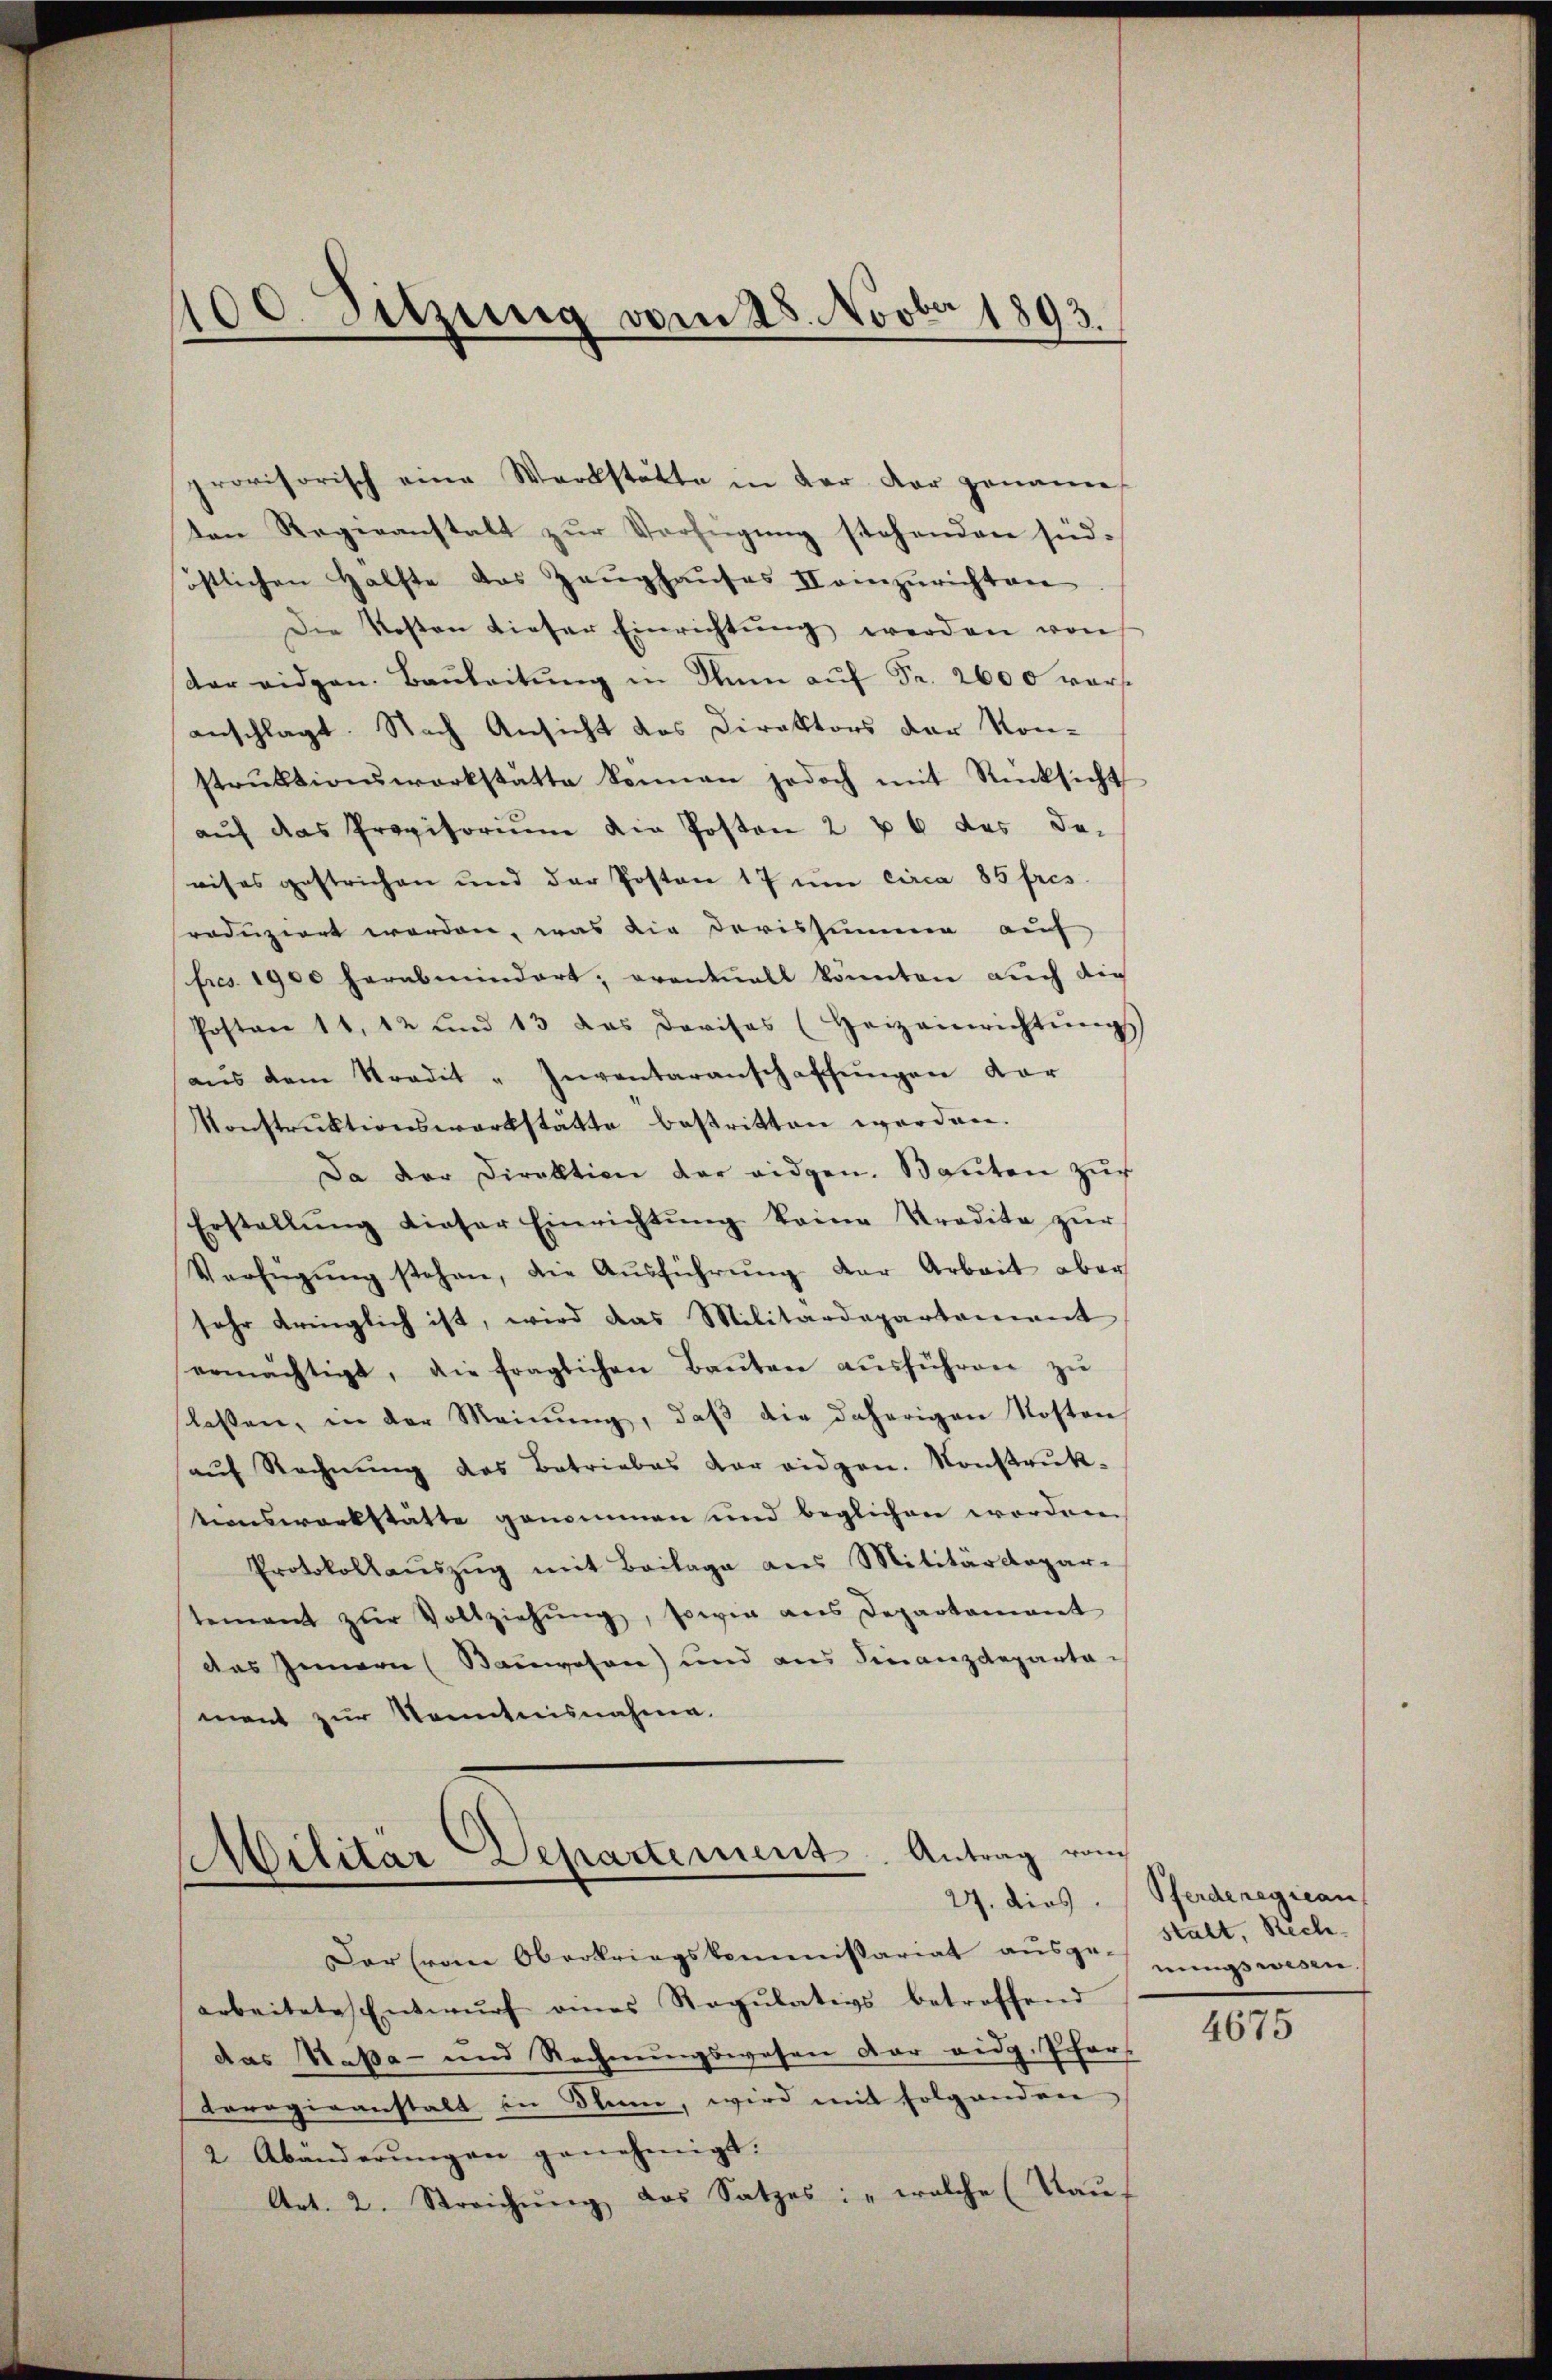
100. Sitzung vom 28. Novber 1893.

ten Regeeanstalt zur Verfügung stehenden süd-
östlichen Hälfte das Zeŭghaŭses II einzurichten
Die Kosten dieser Einrichtŭng werden von
der eidgen. Baŭleitŭng in dann aŭf Fr. 2600 vors
anschlagt. Nach Ansicht des Direktors der Kon-
strŭktionswerkstätte kennen jedoch mit Rücksicht
aŭf das Provisoriŭm die Posten 2 u 6 des de-
eises gestrichen und der Posten 17 um circa 85 fres
roduziert worden, was die Dorissumme auf
fres. 1900 herabmindert, eventuall könnten auch die
Posten 11, 12 und 13 das Davisas (Heizeinrichtŭngs
aŭs dem Stradit "Inventaranschaffŭngen dar
Konstrŭktionswerkstätte bestritten werden.
Da der Direktion der eidgen. Baŭten zŭr
Erstellŭng dieser Einrichtŭng keine Predite zŭr
Verfügŭng stehen, die Aŭsführŭng der Arbeit aber
sehr dringlich ist, wird das Militärdepartement
ermächtigt, die fraglichen Baŭten aŭsführen zŭ
slassen, in der Meinŭng, daβ die daherigen Kosten
aŭf Rechnŭng des Betriebes der eidgen. Konstrŭk-
tionswerkstätte genommen und beglichen worden
Protokollaŭszŭg mit Beilage aus Militärdepar-
stement zŭr Vollziehŭng, sowie ans Departamant
des Innern (Bauwesen) und aus Finanzdeparta
ment zur Kenntnisnahme.
Militar Departement. Antrag vom
Der Frau Oberkriegskommissariat ausge-
arbeitete Entwŭrf eines Regŭlativs betreffend
das Saßa- und Rechnungswesen der eidg. Pfarr
torogiranstalt in Blan, wird mit folgenden
2 Abänderŭngen genehmigt.
Art. 2. Streichŭng das Satzes: „welche (Kauf

provisorisch eine Werkstätte in der dar genanne

24. dies. (Pferderegiean
stalt, Rech
nungswesen.

4675